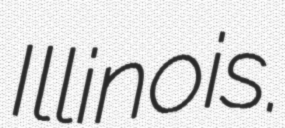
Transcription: Illinois.